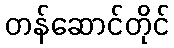
တန်ဆောင်တိုင်